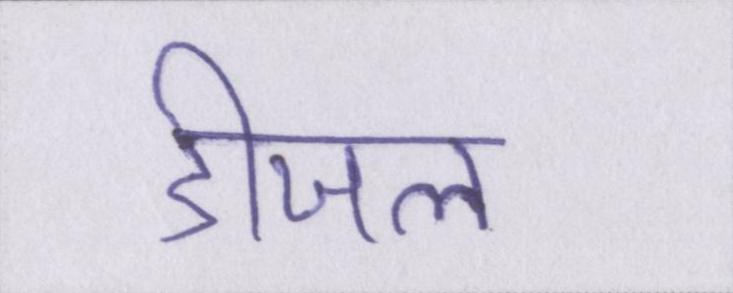
डीजल